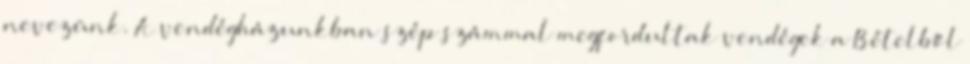
nevezünk. A vendégházunkban szép számmal megfordultak vendégek a Bételből